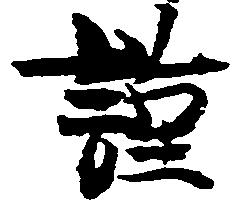
謹